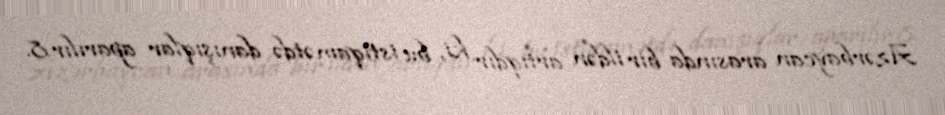
Azərbaycan arasında bir ildən artıqdır ki, bu istiqamətdə danışıqlar aparılır.8.